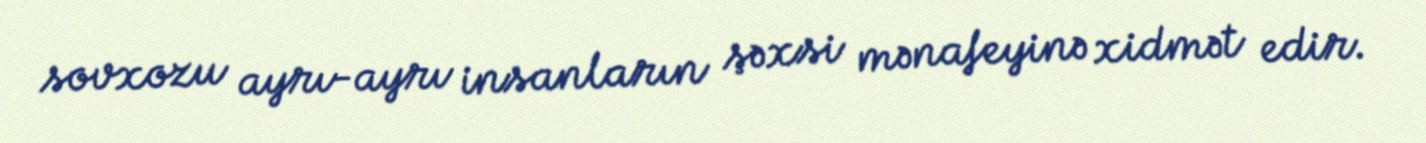
sovxozu ayrı-ayrı insanların şəxsi mənafeyinə xidmət edir.